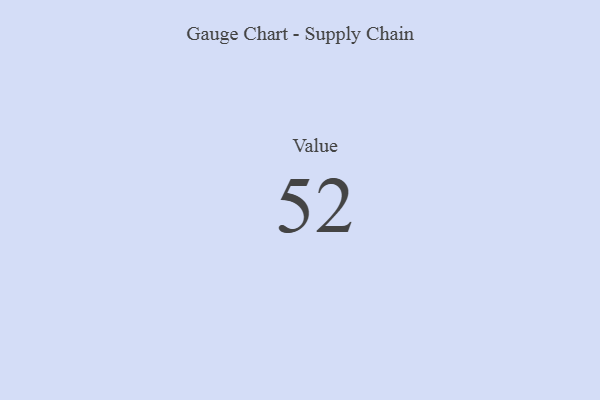
{"axis": {"x": "Metric", "y": "Value"}, "legend": [""], "data": [{"x": "Value", "y": 52, "type": ""}]}